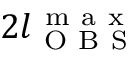
2 l _ { \mathrm { ~ O ~ B ~ S ~ } } ^ { \mathrm { ~ m ~ a ~ x ~ } }